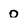
Character: o